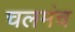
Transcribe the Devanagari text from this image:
चलमंच